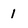
Character: 1